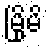
မြို့မိ